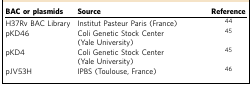
<table><thead><tr><td><b>BAC or plasmids</b></td><td><b>Source</b></td><td><b>Reference</b></td></tr></thead><tbody><tr><td>H37Rv BAC Library</td><td>Institut Pasteur Paris (France)</td><td>44</td></tr><tr><td>pKD46</td><td>Coli Genetic Stock Center (Yale University)</td><td>45</td></tr><tr><td>pKD4</td><td>Coli Genetic Stock Center (Yale University)</td><td>45</td></tr><tr><td>pJV53H</td><td>IPBS (Toulouse, France)</td><td>46</td></tr></tbody></table>